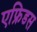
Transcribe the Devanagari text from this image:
एफ्रिडस